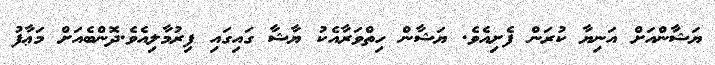
ޔަޝާންއަށް އަނިޔާ ކުރަން ފެށިއެވެ. ޔަޝާން ހިތްވަރާއެކު ޔާޝާ ގައިގައި ފިރުމާލިއެވެ.ދޮންބެއަށް މަޢާފު